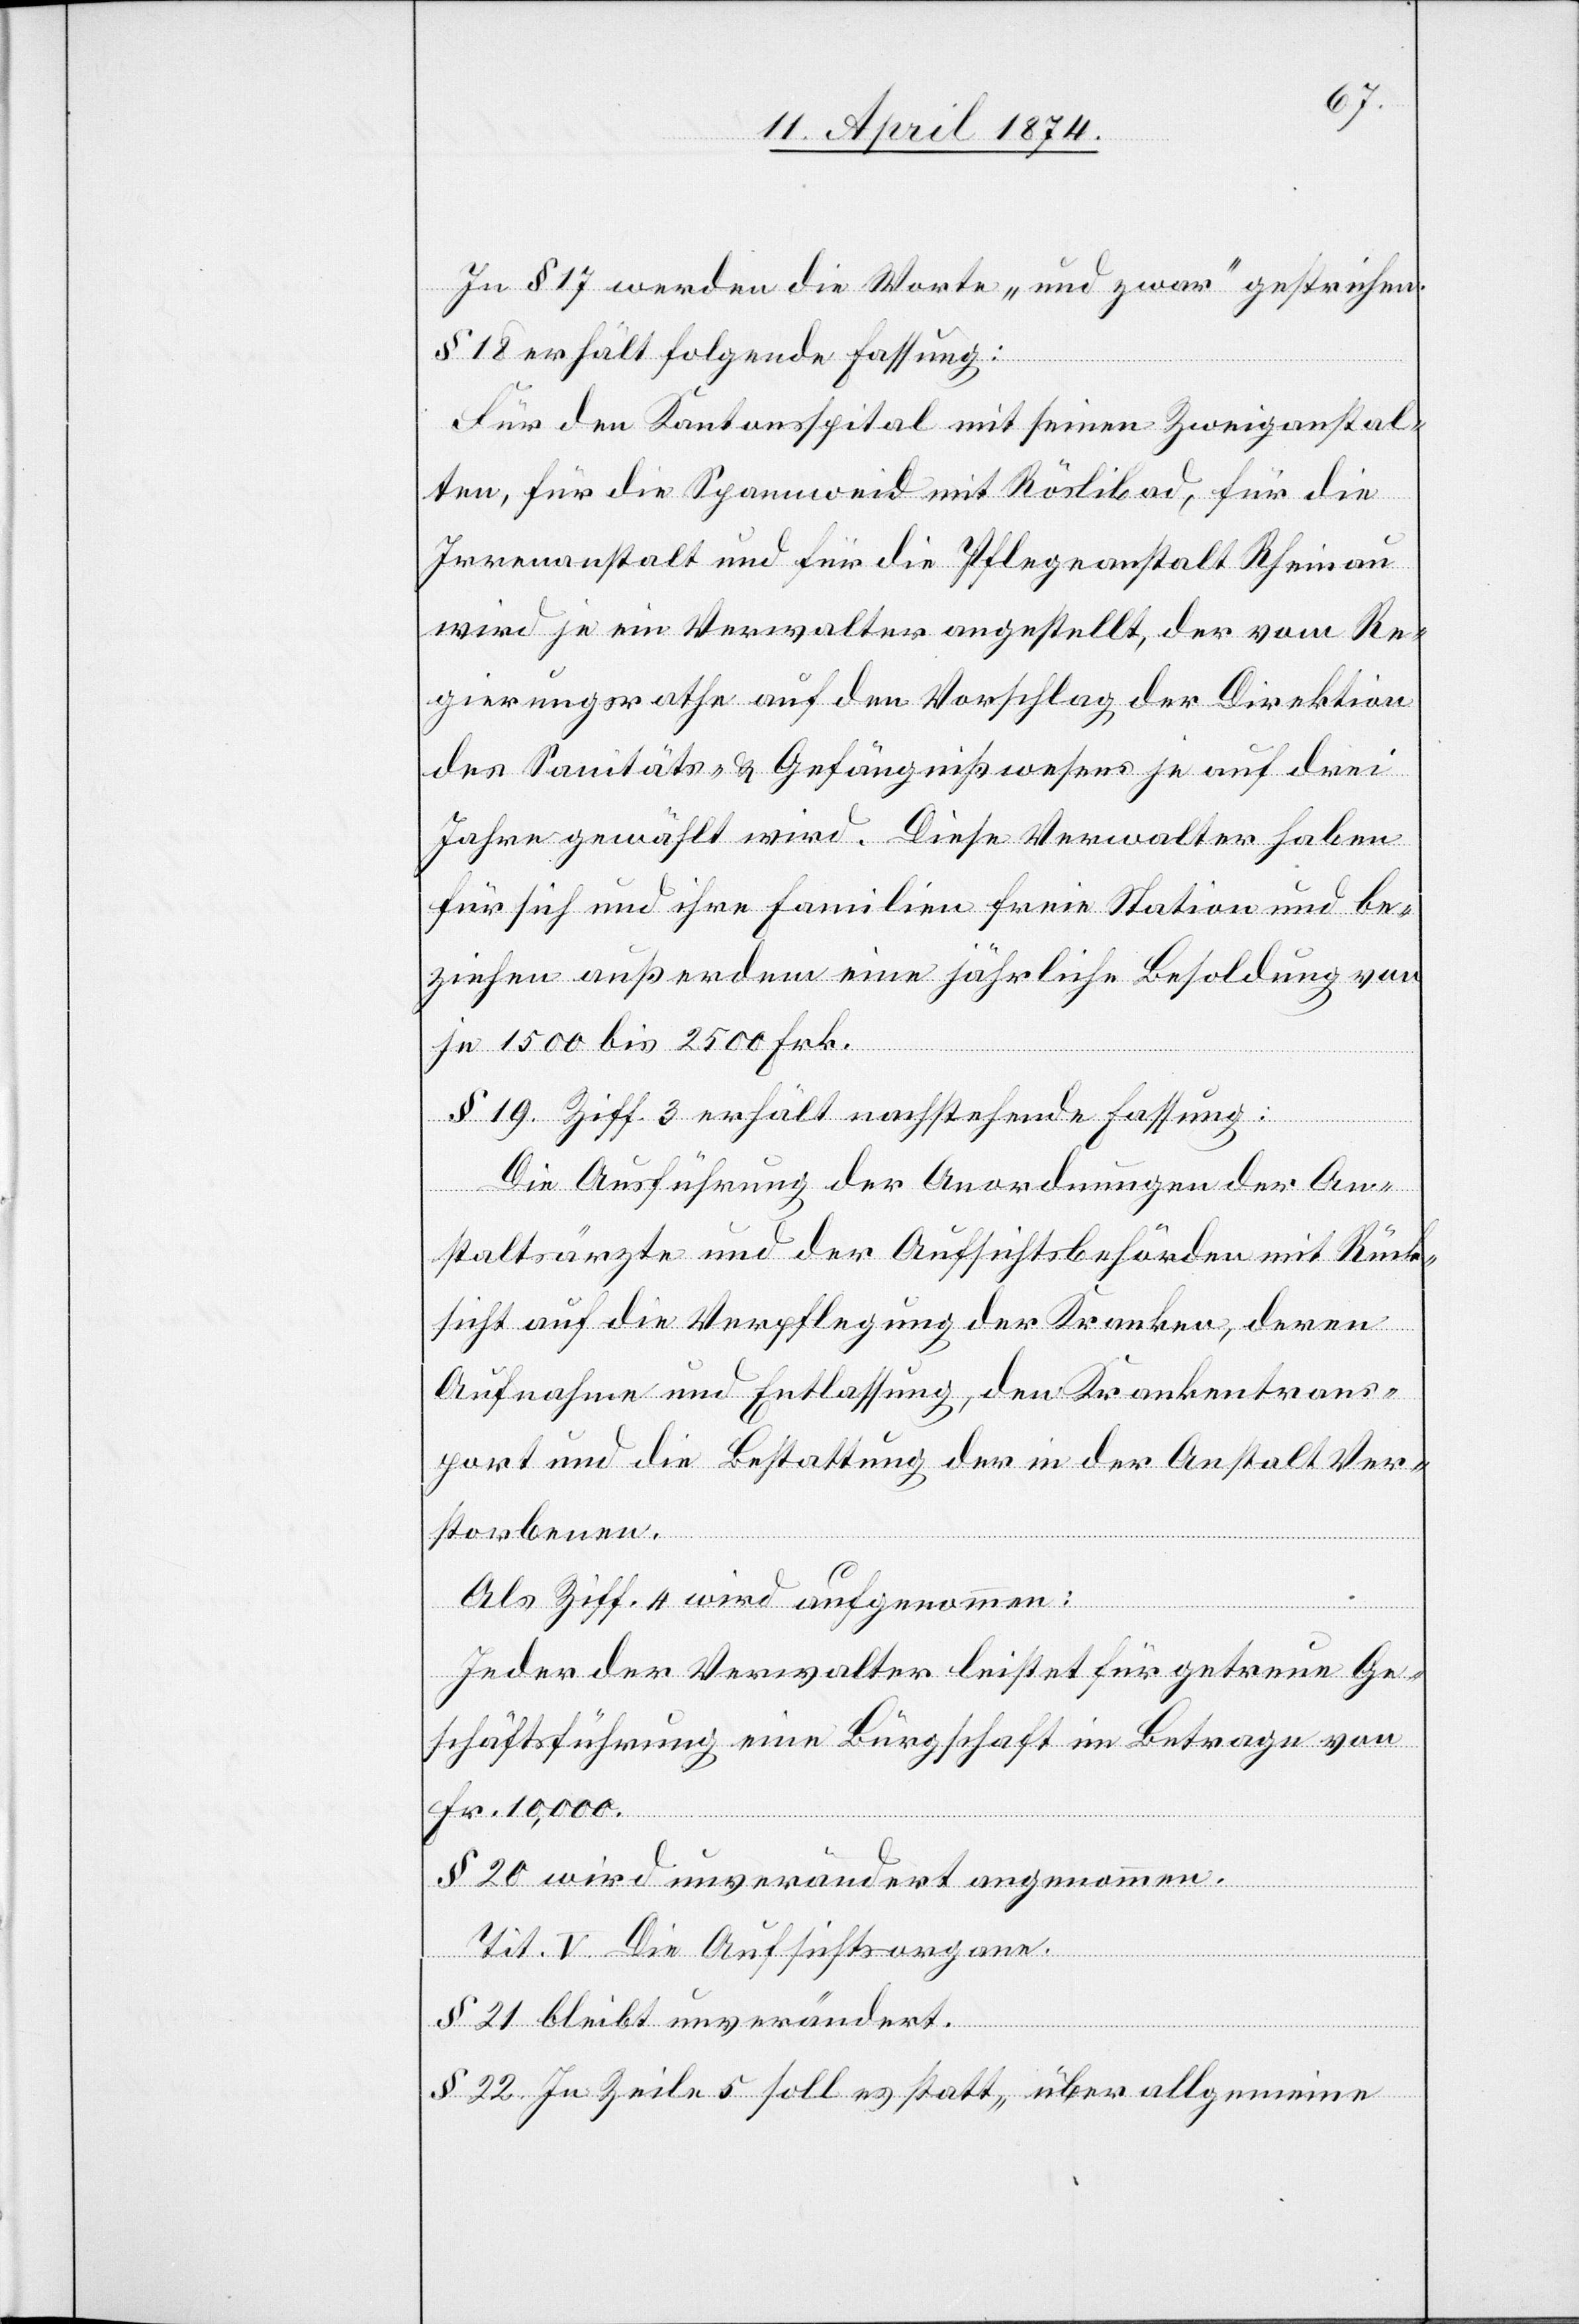
In § 17 werden die Worte „und zwar“ gestrichen.
§ 18 erhält folgende Fassung:
Für den Kantonsspital mit seinen Zweiganstal¬
ten, für die Spannweid mit Röslibad, für die
Irrenanstalt und für die Pflegeanstalt Rheinau
wird je ein Verwalter angestellt, der vom Re¬
gierungsrathe auf den Vorschlag der Direktion
des Sanitäts- u. Gefängnißwesens je auf drei
Jahre gewählt wird. Diese Verwalter haben
für sich und ihre Familien freie Station und be¬
ziehen außerdem eine jährliche Besoldung von
je 1500 bis 2500 Frk.
§ 19 Ziff. 3 erhält nachstehende Fassung:
Die Ausführung der Anordnungen der An¬
staltsärzte und der Aufsichtsbehörden mit Rück¬
sicht auf die Verpflegung der Kranken, deren
Aufnahme und Entlassung, den Krankentrans¬
port und die Bestattung der in der Anstalt Ver¬
storbenen.
Als Ziff. 4 wird aufgenommen:
Jeder der Verwalter leistet für getreue Ge¬
schäftsführung eine Bürgschaft im Betrage von
Fr. 10,000.
§ 20 wird unverändert angenommen.
Tit. V. Die Aufsichtsorgane.
§ 21 bleibt unverändert.
§ 22. In Zeile 5 soll es statt „über allgemeine